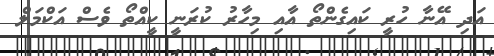
އަދި އޭނާ ހުރީ ކައިގެންތޯ އާއި މިހާރު ކުރަނީ ކީއްތޯ ވެސް އަކްމަލް